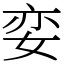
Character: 娈